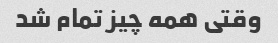
وقتی همه چیز تمام شد